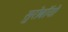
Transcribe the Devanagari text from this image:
सुरोबॉयो